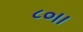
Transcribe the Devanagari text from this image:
८०।।